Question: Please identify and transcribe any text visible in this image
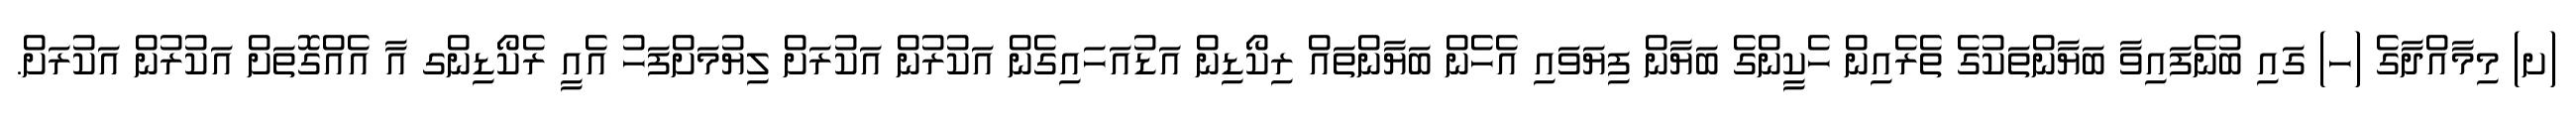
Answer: (ށ) މިމާއްދާގެ (ހ) ގައި ބުނެފައިވާ ބަޔާންތަކުގެ ތެރެއިން ހެކީންގެ ބަޔާން ފިޔަވައި އެހެން ބަޔާންތައް ރިކޯޑިން އަޑުއަހައިގެން އަކުރުން އަކުރަށް ލިޔުމަށްފަހު އެއީ ރެކޯޑިންގ އާ އެއްގޮތަށް އަކުރުން އަކުރަށް.